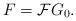
LaTeX: \begin{align*}F={\mathcal F}G_0.\end{align*}